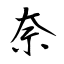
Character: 奈